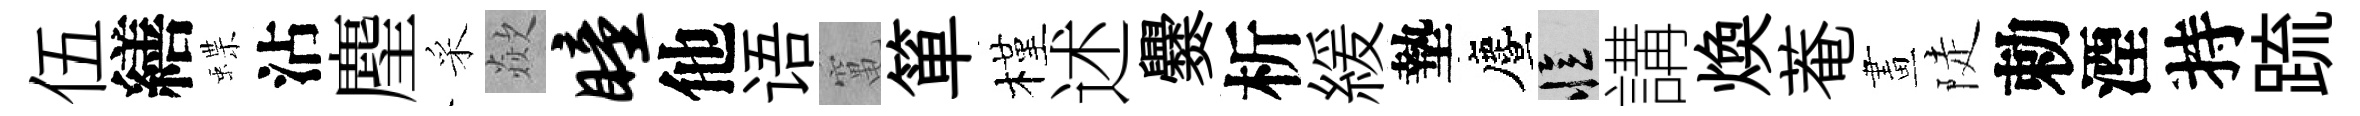
伍繕蝶沾麈采歘瞳他语𥧄箪槿述爨析緩墊󵨌忆講煥菴畫陡勅湮持䟽